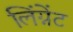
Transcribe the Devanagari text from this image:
लिंग्नेंट